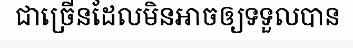
ជាច្រើនដែលមិនអាចឲ្យទទួលបាន